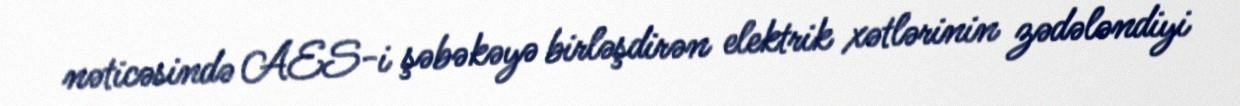
nəticəsində AES-i şəbəkəyə birləşdirən elektrik xətlərinin zədələndiyi